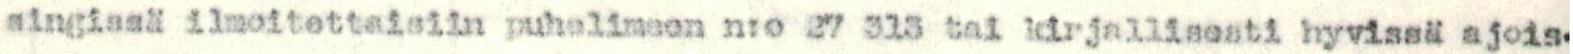
singissä ilmoitettaisiin puhelimeen n:o 27 313 tai kirjallisesti hyvissä ajois-